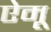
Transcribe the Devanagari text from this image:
ऐमू